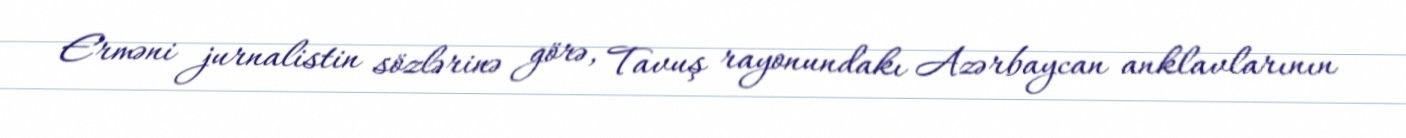
Erməni jurnalistin sözlərinə görə, Tavuş rayonundakı Azərbaycan anklavlarının